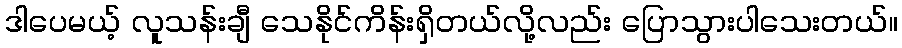
ဒါပေမယ့် လူသန်းချီ သေနိုင်ကိန်းရှိတယ်လို့လည်း ပြောသွားပါသေးတယ်။